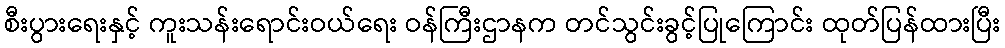
စီးပွားရေးနှင့် ကူးသန်းရောင်းဝယ်ရေး ဝန်ကြီးဌာနက တင်သွင်းခွင့်ပြုကြောင်း ထုတ်ပြန်ထားပြီး